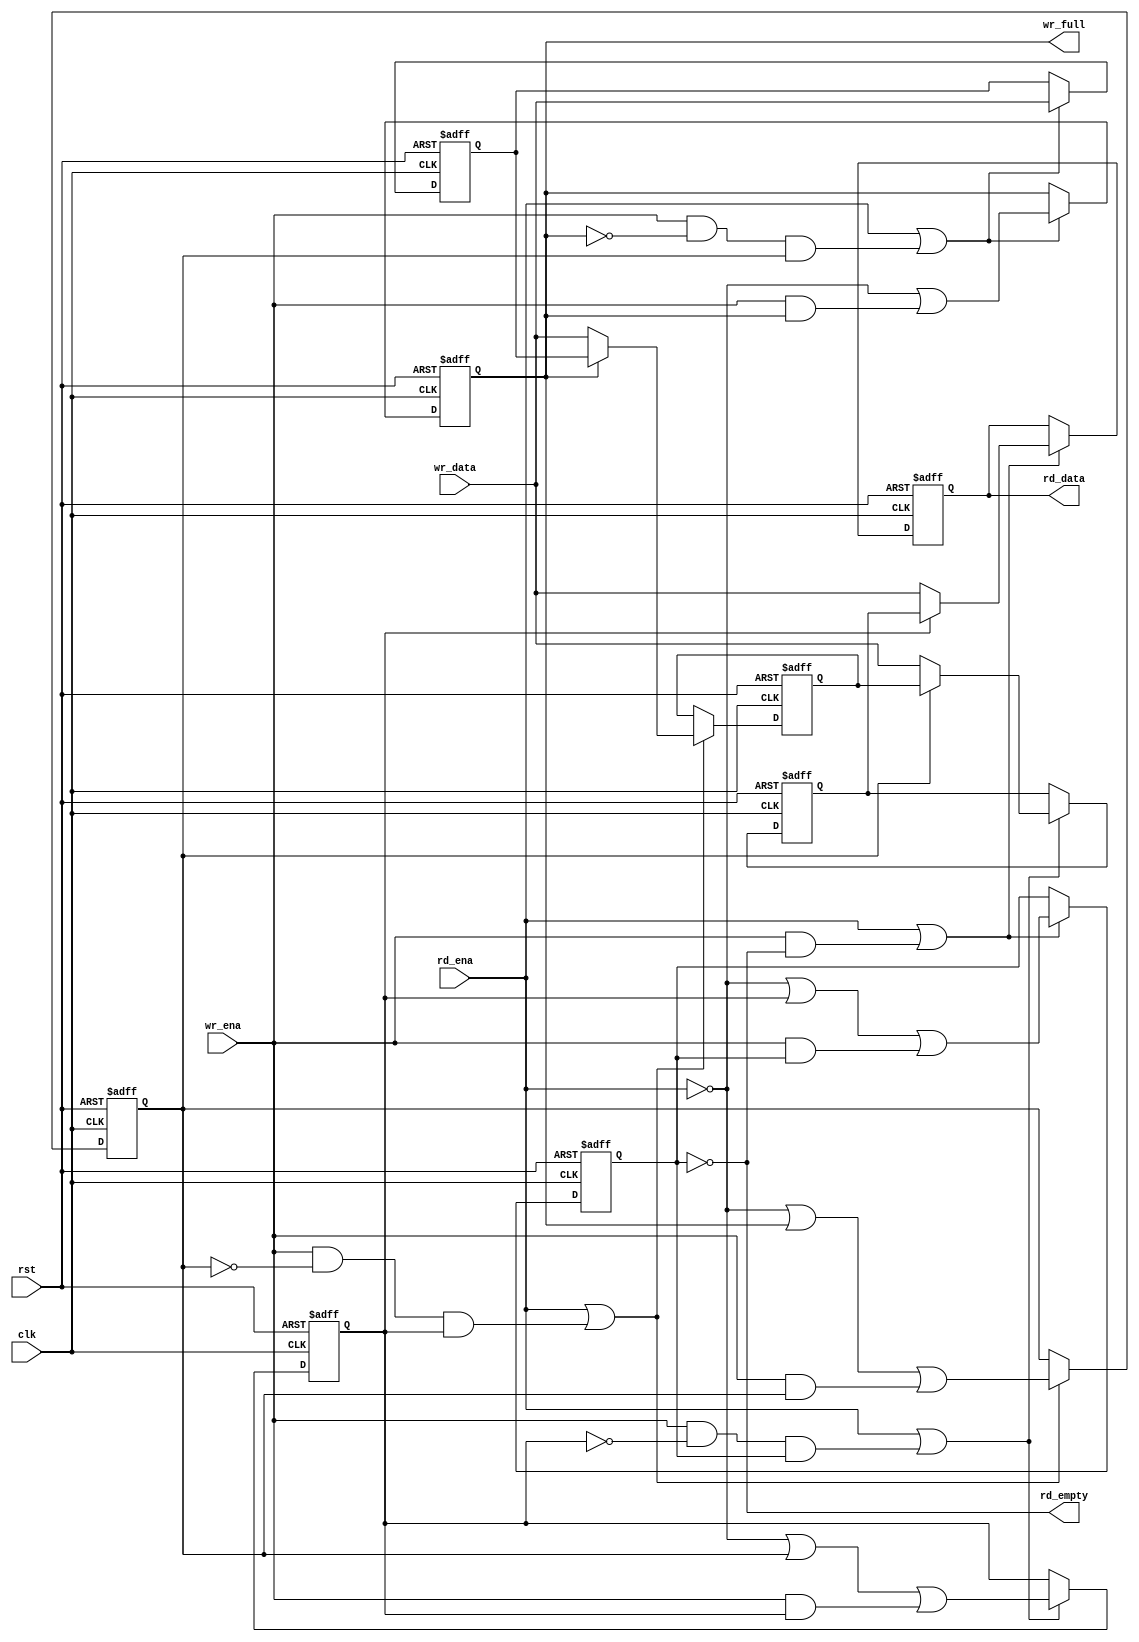
/*
 * fifo_sync_shift.v
 *
 * vim: ts=4 sw=4
 *
 * Simple synchronous fifo using registers as storage element for
 * very shallow FIFOs.
 *
 * - First-Word-Fall-Thru operating mode
 * - Safeties not included (i.e. don't read from empty or
 *   write to full FIFO !)
 *
 * Copyright (C) 2019-2020  Sylvain Munaut <tnt@246tNt.com>
 * SPDX-License-Identifier: CERN-OHL-P-2.0
 */

`default_nettype none

module fifo_sync_shift #(
	parameter integer DEPTH =  4,
	parameter integer WIDTH = 16
)(
	input  wire [WIDTH-1:0] wr_data,
	input  wire wr_ena,
	output wire wr_full,

	output wire [WIDTH-1:0] rd_data,
	input  wire rd_ena,
	output wire rd_empty,

	input  wire clk,
	input  wire rst
);

	// Signals
	// -------

	wire  [DEPTH+1:0] ce;
	wire  [DEPTH+1:0] valid;
	wire  [WIDTH-1:0] data [DEPTH+1:0];


	// Stages
	// ------

	// Generate loop
	genvar i;

	generate
		for (i=1; i<=DEPTH; i=i+1)
		begin : stage
			// Local signals
			reg [WIDTH-1:0] l_data;
			reg l_valid;

			// Data register
			always @(posedge clk or posedge rst)
				if (rst)
					l_data <= 0;
				else if (ce[i])
					l_data <= valid[i+1] ? data[i+1] : wr_data;

			// Valid flag
			always @(posedge clk or posedge rst)
				if (rst)
					l_valid <= 1'b0;
				else if (ce[i])
					l_valid <= ~rd_ena | valid[i+1] | (wr_ena & valid[i]);

			// CE for this stage
			assign ce[i] = rd_ena | (wr_ena & ~valid[i] & valid[i-1]);

			// Map
			assign data[i]  = l_data;
			assign valid[i] = l_valid;
		end
	endgenerate

	// Boundary conditions
	assign data[DEPTH+1] = wr_data;
	assign data[0] = { WIDTH{1'bx} };

	assign valid[DEPTH+1] = 1'b0;
	assign valid[0] = 1'b1;

	assign ce[DEPTH+1] = 1'bx;
	assign ce[0] = 1'bx;


	// User IF
	// -------

	assign wr_full = valid[DEPTH];

	assign rd_empty = ~valid[1];
	assign rd_data  = data[1];

endmodule // fifo_sync_shift